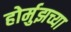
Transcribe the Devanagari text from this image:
होर्मुझच्या